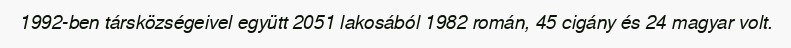
1992-ben társközségeivel együtt 2051 lakosából 1982 román, 45 cigány és 24 magyar volt.